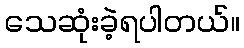
သေဆုံးခဲ့ရပါတယ်။